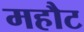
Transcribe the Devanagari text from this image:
महौट